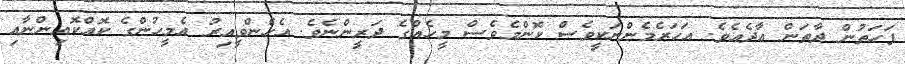
ފަހަތުން ދާތަން އާދެއެވެ. އަހަރެމެންނަކީވެސް ކޮންމެވެސް މީހެއްގެ ދަރީންނެވެ. އެހެންވީއިރު އެމީހުންގެ ކޮއްކޮއިންނާއި